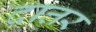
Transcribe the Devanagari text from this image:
दात्तर